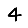
Digit: 4